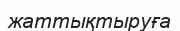
жаттықтыруға